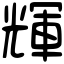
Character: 輝